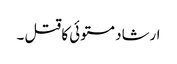
ارشاد مستوئی کا قتل ۔